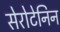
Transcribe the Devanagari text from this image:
सेरोटेनिन